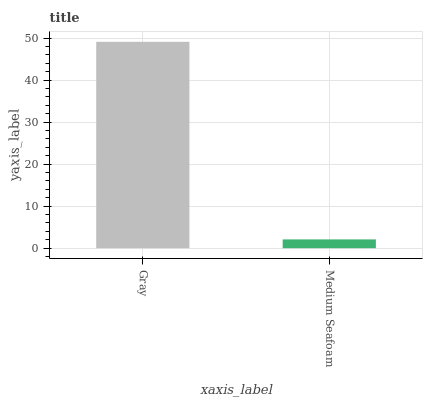
| xaxis_label | bars |
 | --- | --- |
 | Gray | 49.1 |
 | Medium Seafoam | 2.1 |